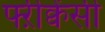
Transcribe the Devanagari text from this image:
फ्ऱीक्वेंसी